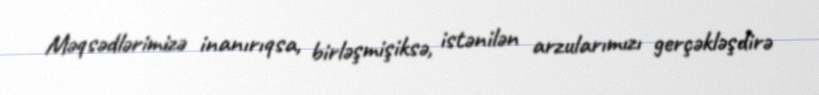
Məqsədlərimizə inanırıqsa, birləşmişiksə, istənilən arzularımızı gerçəkləşdirə